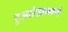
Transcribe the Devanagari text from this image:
हुआरेझमध्ये